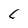
Character: C